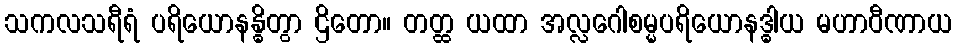
သကလသရီရံ ပရိယောနန္ဓိတွာ ဌိတော။ တတ္ထ ယထာ အလ္လဂေါစမ္မပရိယောနဒ္ဓါယ မဟာဝီဏာယ